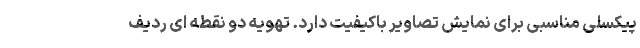
پیکسلی مناسبی برای نمایش تصاویر باکیفیت دارد. تهویه دو نقطه ای ردیف